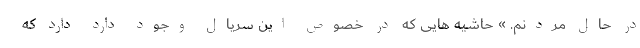
در حال مردنم. » حاشیه هایی که در خصوص این سریال وجود دارد دارد که